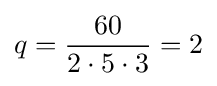
q={\frac {60}{2\cdot 5\cdot 3}}=2